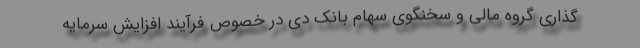
گذاری گروه مالی و سخنگوی سهام بانک دی در خصوص فرآیند افزایش سرمایه